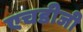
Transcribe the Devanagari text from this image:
एचडीजी